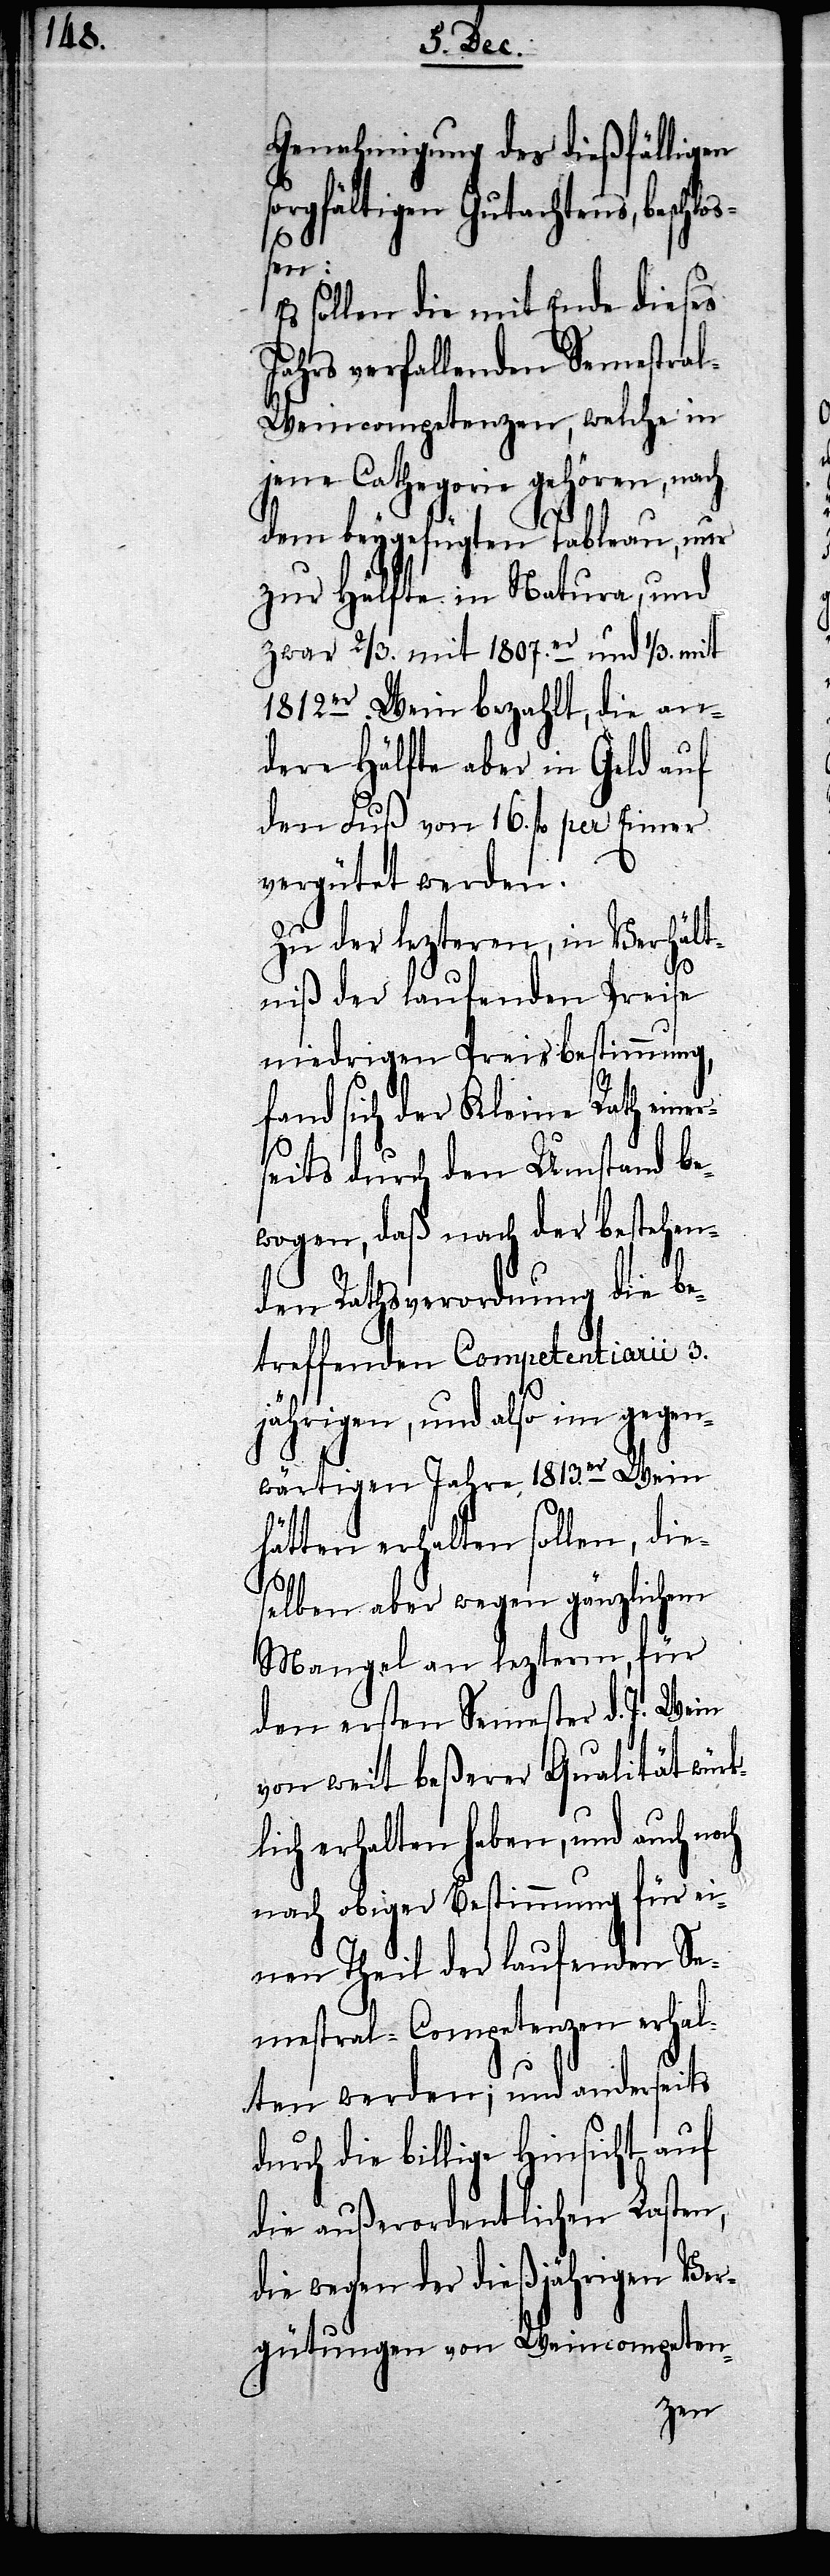
Genehmigung des dießfälligen
sorgfältigen Gutachtens, beschlo¬
ßen:
sollen die mit Ende dieses
Jahrs verfallenden Semestra¬
l-Weincompetenzen, welche in
jene Cathegorie gehören, nach
dem beygefügten Tableau, nur
zur Hälfte in Natura, und
zwar 2/3. mit 1807.er und 1/3. mit
1812.er Wein bezahlt, die an¬
dere Hälfte aber in Geld auf
den Fuß von 16. fl. per Eimer
vergütet werden.
Zu der lezteren, in Verhält¬
niß der laufenden Preise
niedrigen Preisbestimmung,
fand sich der Kleine Rath einer¬
seits durch den Umstand be¬
wogen, daß nach der bestehen¬
den Rathsverordnung die be¬
treffenden Competentiarii 3.
jährigen, und also im gegen¬
wärtigen Jahre 1813.er Wein
hätten erhalten sollen, die¬
selben aber wegen gänzlichem
Mangel an lezterm, für
den ersten Semester d. J. Wein
von weit beßerer Qualität würk¬
lich erhalten haben, und auch noch
nach obiger Bestimmung für ei¬
nen Theil der laufenden Se¬
mestral-Competenzen erhal¬
ten werden; und anderseits
durch die billige Hinsicht auf
die außerordentlichen Lasten,
die wegen der dießjährigen Ver¬
gütungen von Weincompeten-